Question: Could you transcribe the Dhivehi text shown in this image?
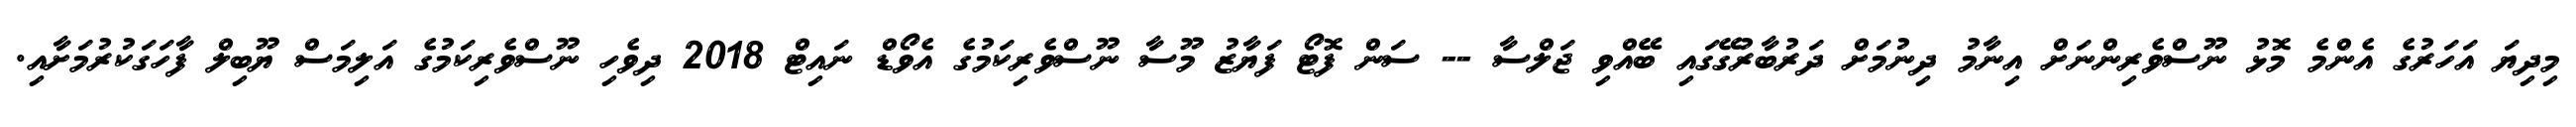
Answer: މިދިޔަ އަހަރުގެ އެންމެ މޮޅު ނޫސްވެރިންނަށް އިނާމު ދިނުމަށް ދަރުބާރުގޭގައި ބޭއްވި ޖަލްސާ -- ސަން ފޮޓޯ ފަޔާޒު މޫސާ ނޫސްވެރިކަމުގެ އެވޯޑް ނައިޓް 2018 ދިވެހި ނޫސްވެރިކަމުގެ އަލިމަސް ޔޫބިލް ފާހަގަކުރުމަށާއި.